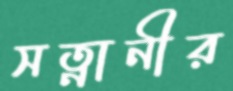
সত্নানীর